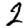
Digit: 2